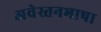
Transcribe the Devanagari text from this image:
अवेस्तनभाषा